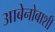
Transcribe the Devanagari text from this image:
आबेनोबाशी